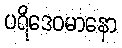
ပရိဒေဝမာနော